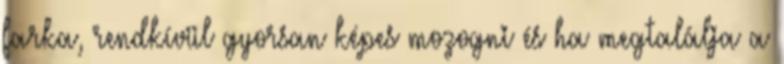
farka, rendkívül gyorsan képes mozogni és ha megtalálja a